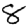
Digit: 8